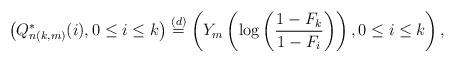
LaTeX: \begin{align*}\left( Q^{*}_{n(k,m)} (i) , 0 \le i \le k \right) \stackrel{(d)}{=} \left( Y_m \left( \log \left( \frac{ 1- F_k}{1-F_i} \right) \right), 0 \le i \le k \right),\end{align*}